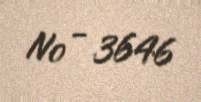
№ - 3646